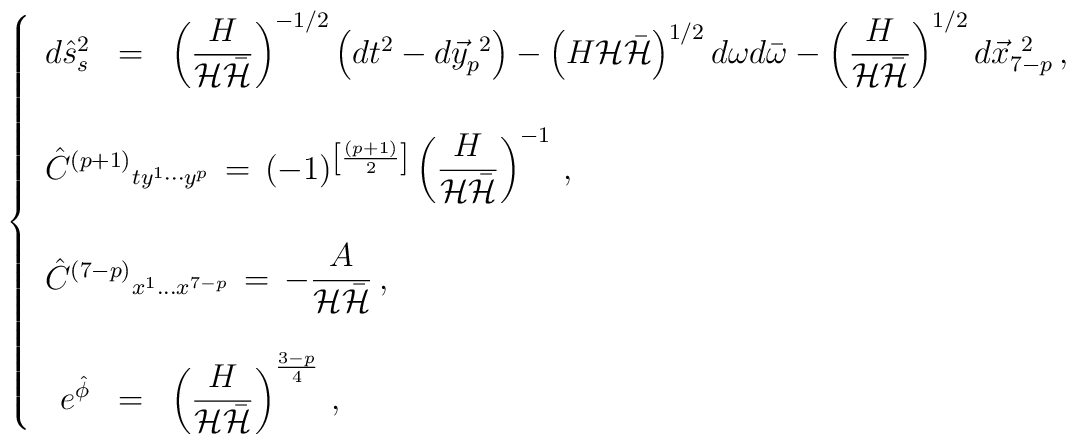
\left\{\begin{array}{rcl}d\hat{s}_{s}^2 & = & \left(\displaystyle{\frac{H}{{\cal H}\bar{\cal H}}}\right)^{-1/2}\left(dt^{2}-d\vec{y}_{p}^{\ 2} \right) -\left(H{\cal H}\bar{\cal H}\right)^{1/2}d\omega d\bar{\omega}-\left(\displaystyle{\frac{H}{{\cal H}\bar{\cal H}}}\right)^{1/2}d\vec{x}_{7-p}^{\ 2}\, ,\\& & \\& & \hspace{-1.6cm}\hat{C}^{(p+1)}{}_{ty^{1}\cdots y^{p}} \,=\,  (-1)^{\left[\frac{(p+1)}{2}\right]} \left( \displaystyle{\frac{H}{{\cal H}\bar{\cal H}}}\right)^{-1}\, ,\\& & \\& & \hspace{-1.6cm}\hat{C}^{(7-p)}{}_{x^{1}\ldots x^{7-p}}   \,= \, -\displaystyle{ \frac{A}{{\cal H}\bar{{\cal H}}} }\, , \\& & \\e^{\hat{\phi}} & = &  \left( \displaystyle{\frac{H}{{\cal H}\bar{\cal H}}}\right)^{\frac{3-p}{4}} \, ,\end{array}\right.